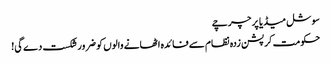
سوشل میڈیا پر چرچے
حکومت کرپشن زدہ نظام سے فائدہ اٹھانے والوں کو ضرور شکست دے گی!